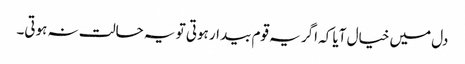
دل میں خیال آیا کہ اگر یہ قوم بیدار ہوتی تو یہ حالت نہ ہوتی۔